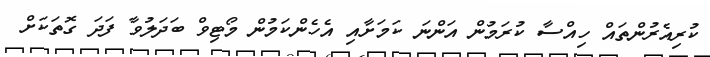
ކުރިއެރުންތައް ހިއްސާ ކުރަމުން އަންނަ ކަމަށާއި އެހެންކަމުން މޯޓިވް ބަދަލުވާ ފަދަ ގޮތަކަށް